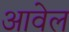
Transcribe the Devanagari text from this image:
आवेल